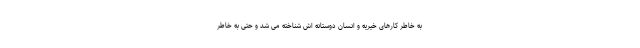
به خاطر کارهای خیریه و انسان دوستانه اش شناخته می شد و حتی به خاطر